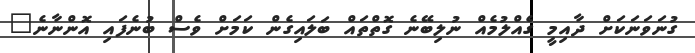
ގުނަވަނަކަށް ދާއިމީ ގެއްލުމެއް ނުލިބޭނެ ގޮތްތައް ބަލައިގެން ކަމަށް ވެސް ބުނެފައި އޮންނާނެ"